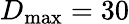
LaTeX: D_{\mathrm{max}}=30